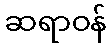
ဆရာဝန်